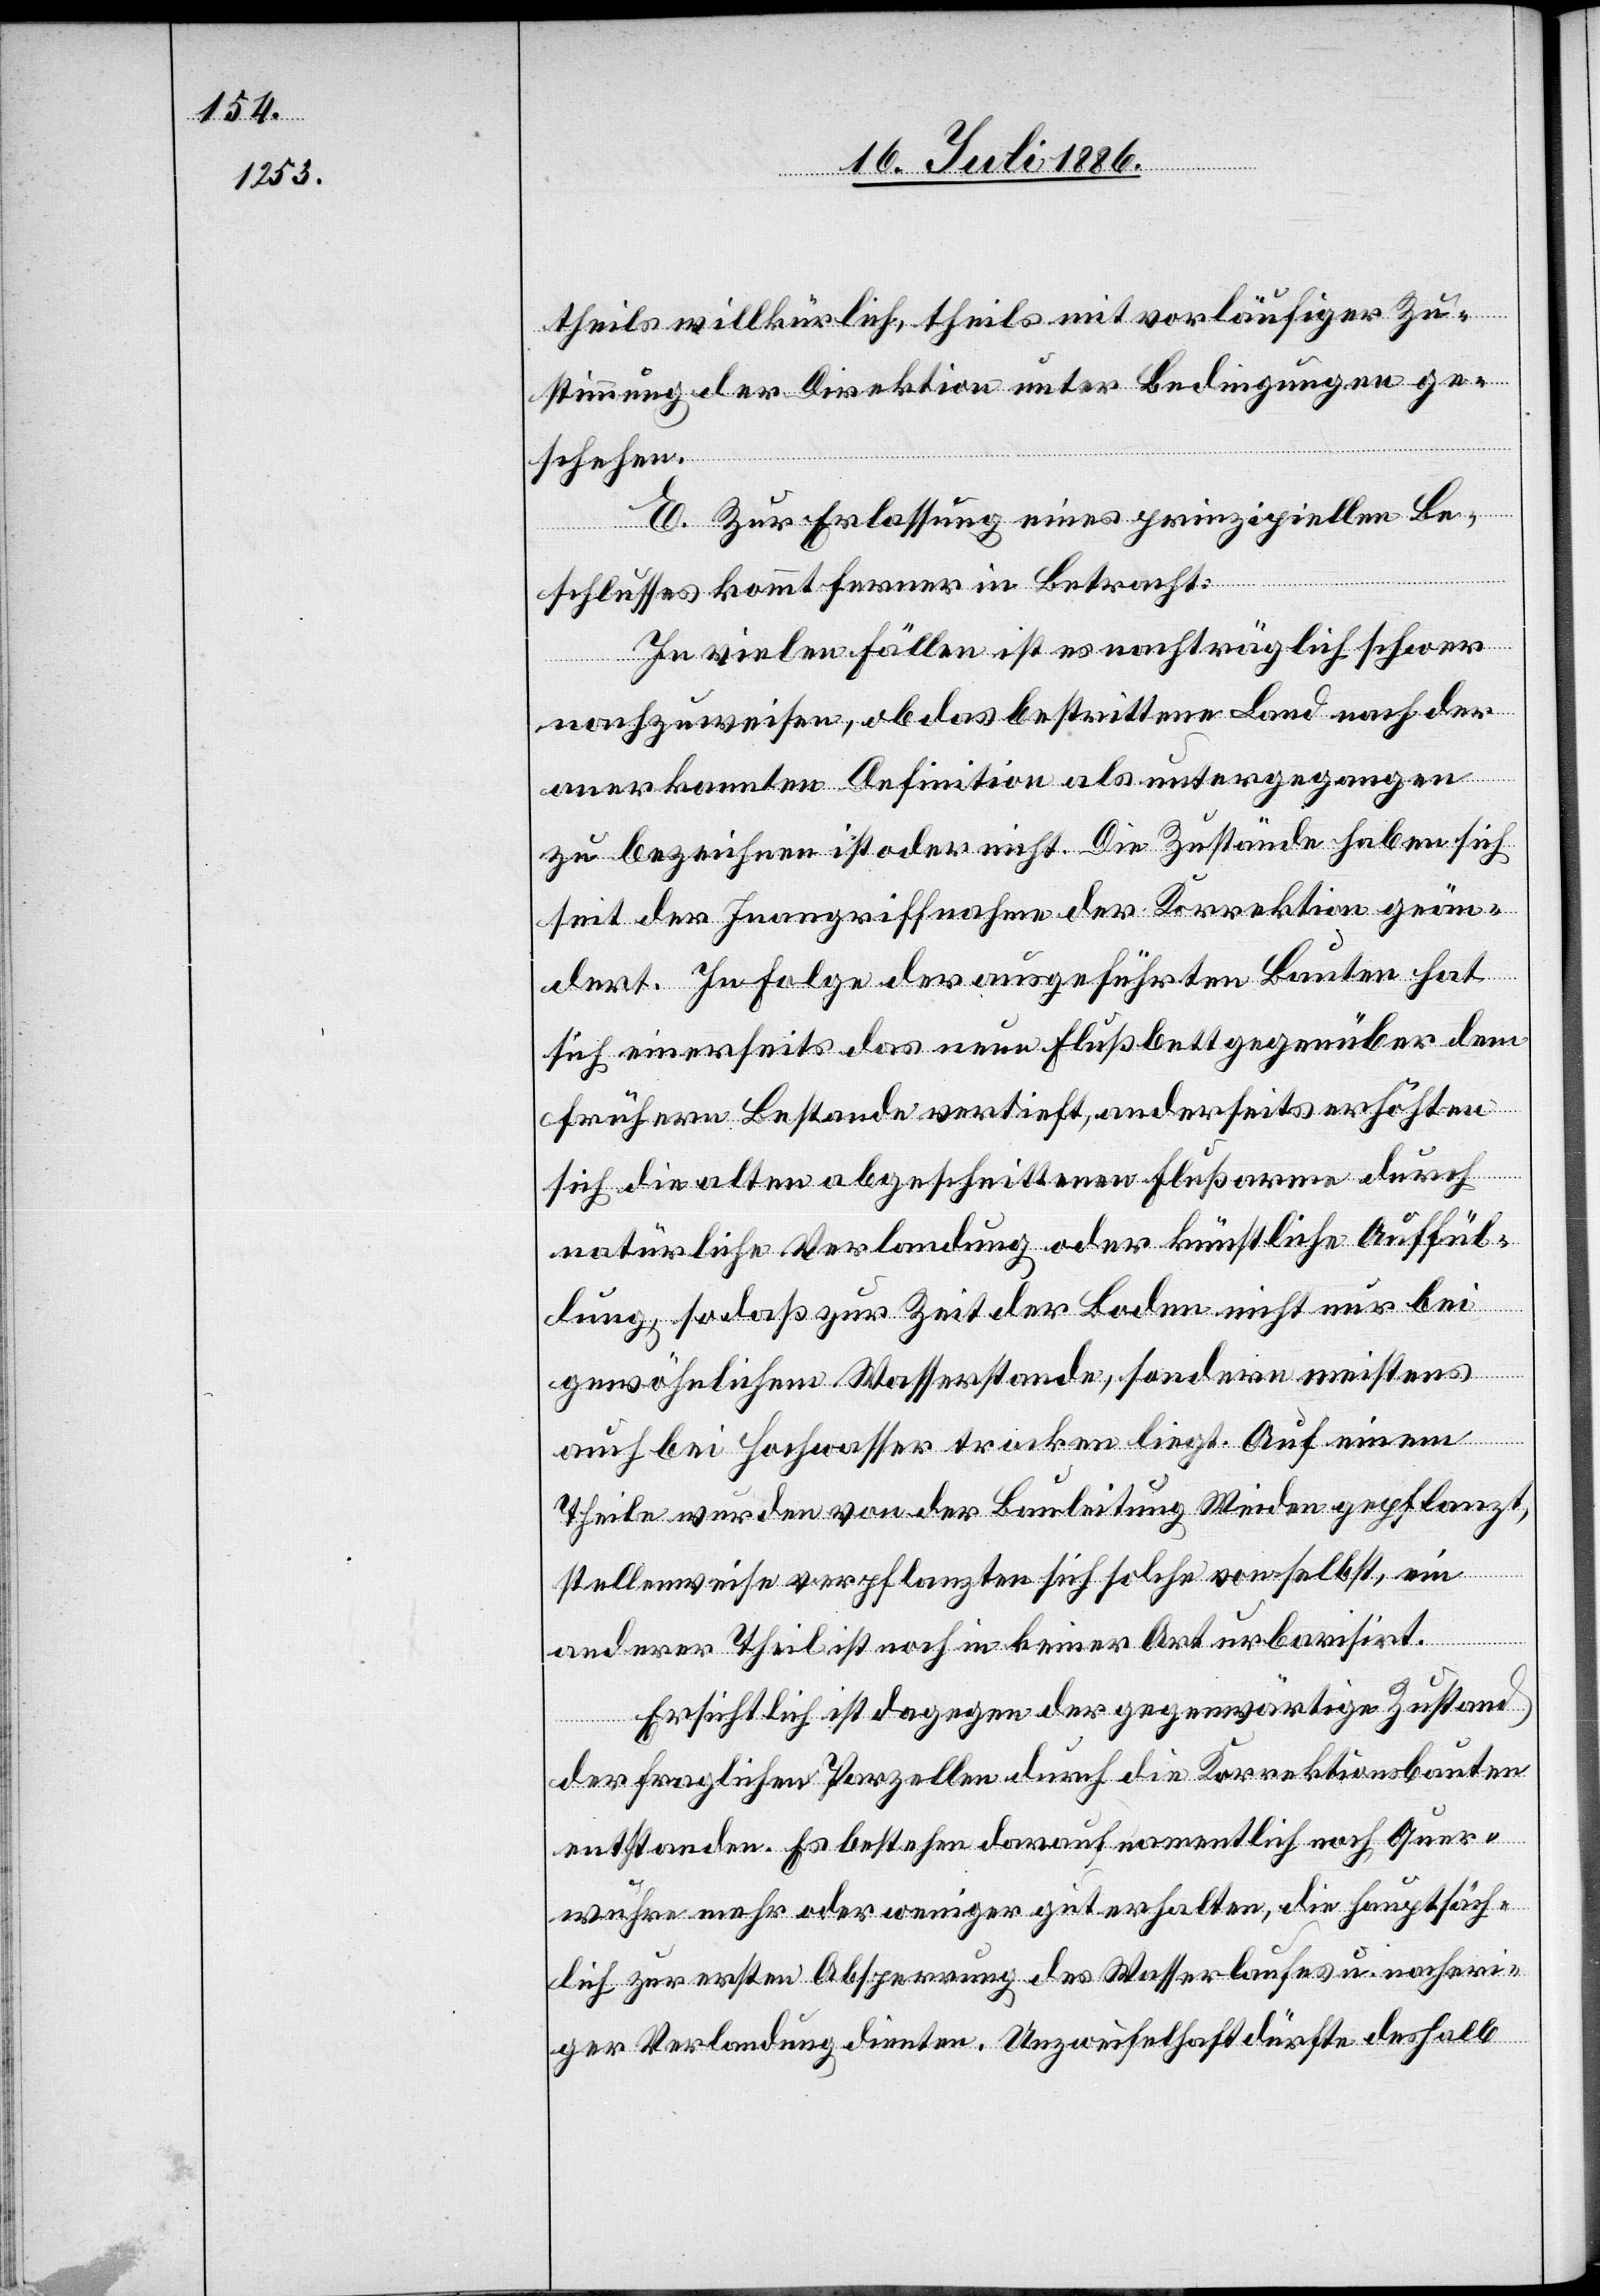
theils willkürlich, theils mit vorläufiger Zu¬
stimmung der Direktion unter Bedingungen ge¬
schehen.
E. Zur Erlassung eines prinzipiellen Be¬
schlusses kommt ferner in Betracht:
In vielen Fällen ist es nachträglich schwer
nachzuweisen, ob das bestrittene Land nach der
anerkannten Definition als untergegangen
zu bezeichnen ist oder nicht. Die Zustände haben sich
seit der Inangriffnahme der Korrektion geän¬
dert. In Folge der ausgeführten Bauten hat
sich einerseits das neue Flußbett gegenüber dem
frühern Bestande vertieft, anderseits erhöhten
sich die alten abgeschnittenen Flußarme durch
natürliche Verlandung oder künstliche Auffül¬
lung, sodaß zur Zeit der Boden nicht nur bei
gewöhnlichem Wasserstande, sondern meistens
auch bei Hochwasser trocken liegt. Auf einem
Theile wurden von der Bauleitung Weiden gepflanzt,
stellenweise verpflanzten sich solche von selbst, ein
anderer Theil ist noch in keiner Art urbanisirt.
Ersichtlich ist dagegen der gegenwärtige Zustand
der fraglichen Parzellen durch die Korrektionsbauten
entstanden. Es bestehen darauf namentlich noch Quer¬
wuhre mehr oder weniger gut erhalten, die hauptsäch¬
lich zur ersten Absperrung des Wasserlaufes u. nachheri¬
ger Verlandung dienten. Unzweifelhaft dürfte deshalb